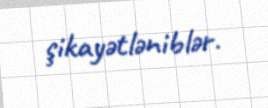
şikayətləniblər.